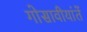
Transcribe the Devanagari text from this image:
गोसावीयांतें